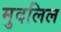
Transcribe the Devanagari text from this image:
मुदलिल